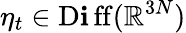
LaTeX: \eta_{t}\in\operatorname{D\mathbf{i}ff}(\mathbb{{R}}^{3N})